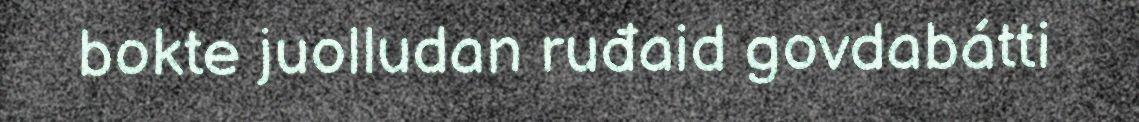
bokte juolludan ruđaid govdabátti